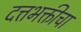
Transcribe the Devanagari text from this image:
दत्तभक्तीचा